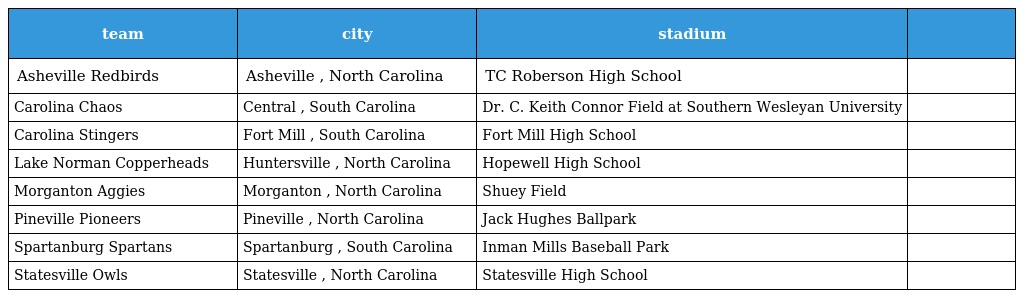
| team | city | stadium |  |
 | --- | --- | --- | --- |
 | Asheville Redbirds | Asheville , North Carolina | TC Roberson High School |  |
 | Carolina Chaos | Central , South Carolina | Dr. C. Keith Connor Field at Southern Wesleyan University |  |
 | Carolina Stingers | Fort Mill , South Carolina | Fort Mill High School |  |
 | Lake Norman Copperheads | Huntersville , North Carolina | Hopewell High School |  |
 | Morganton Aggies | Morganton , North Carolina | Shuey Field |  |
 | Pineville Pioneers | Pineville , North Carolina | Jack Hughes Ballpark |  |
 | Spartanburg Spartans | Spartanburg , South Carolina | Inman Mills Baseball Park |  |
 | Statesville Owls | Statesville , North Carolina | Statesville High School |  |